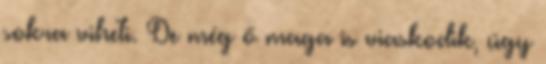
sokra viheti. De még ő maga is viaskodik, úgy